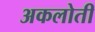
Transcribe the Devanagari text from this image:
अकलोती